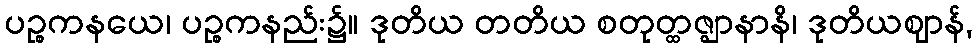
ပဉ္စကနယေ၊ ပဉ္စကနည်း၌။ ဒုတိယ တတိယ စတုတ္ထဇ္ဈာနာနိ၊ ဒုတိယဈာန်,